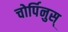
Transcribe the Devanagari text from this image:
चोर्पिनुस्